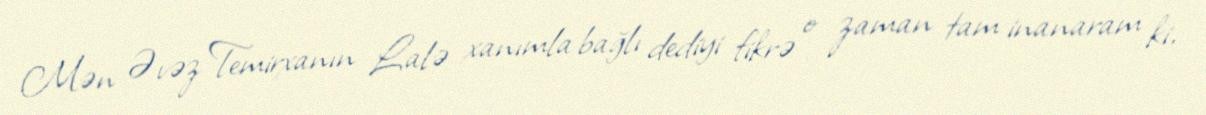
Mən Əvəz Temirxanın Lalə xanımla bağlı dediyi fikrə o zaman tam inanaram ki,